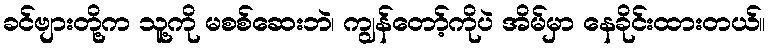
ခင်ဗျားတို့က သူ့ကို မစစ်ဆေးဘဲ၊ ကျွန်တော့်ကိုပဲ အိမ်မှာ နေခိုင်းထားတယ်။